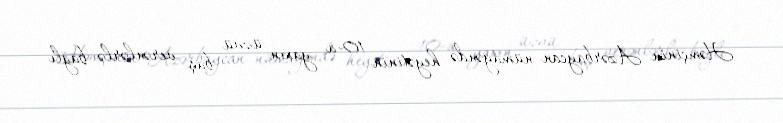
Həmçinin Azərbaycan nümayəndə heyətinin 10-a yaxın üzvü baş verənlərlə bağlı